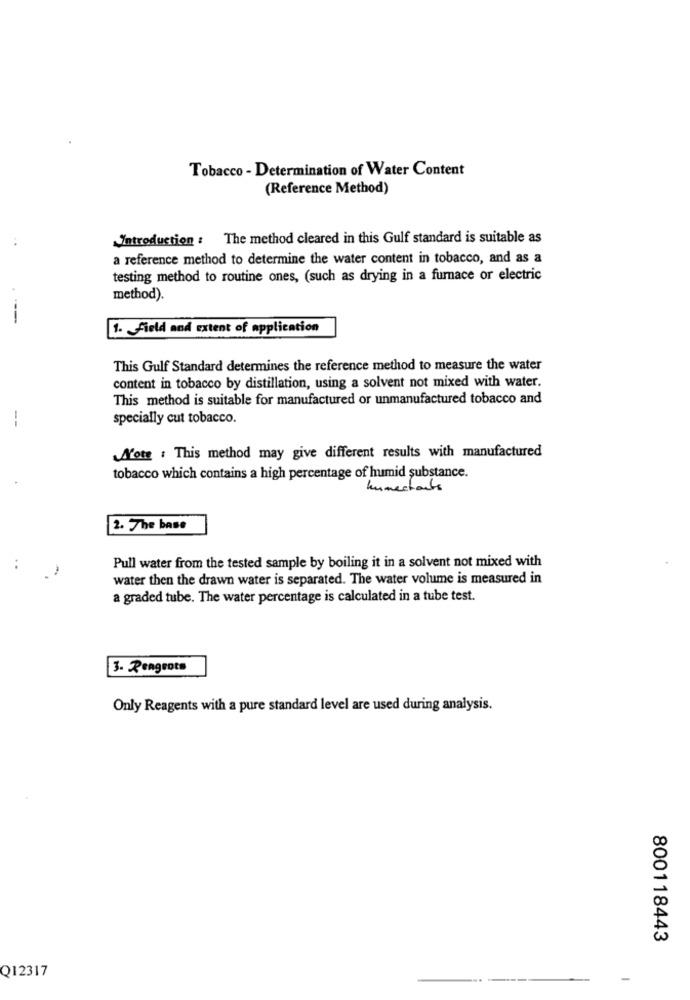
Tobacco - Determination of Water Content
(Reference Method)
Introduction : The method cleared in this Gulf standard is suitable as
..
a reference method to determine the water content in tobacco, and as a
testing method to routine ones, (such as drying in a furnace or electric
method).
1. Field and extent of application
This Gulf Standard determines the reference method to measure the water
content in tobacco by distillation, using a solvent not mixed with water.
This method is suitable for manufactured or unmanufactured tobacco and
--
specially cut tobacco.
Note : This method may give different results with manufactured
tobacco which contains a high percentage of humid substance.
humectants
2. The base
Pull water from the tested sample by boiling it in a solvent not mixed with
water then the drawn water is separated. The water volume is measured in
a graded tube. The water percentage is calculated in a tube test.
3. Rengeots
Only Reagents with a pure standard level are used during analysis.
800118443
Q12317
-